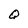
Character: Q